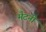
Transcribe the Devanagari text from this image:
मैटनी